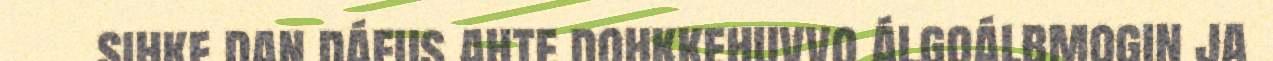
sihke dan dáfus ahte dohkkehuvvo álgoálbmogin ja